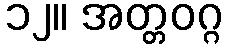
၁၂။ အတ္တဝဂ္ဂ